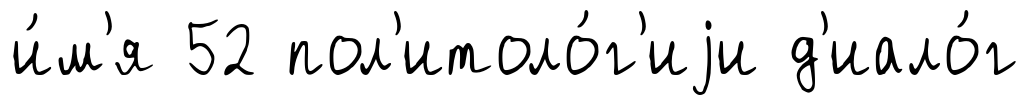
и́м'я 52 пол'итоло́г'иjи д'иало́г